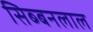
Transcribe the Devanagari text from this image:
सिब्‍बनलाल